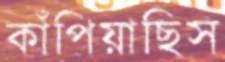
কাঁপিয়াছিস